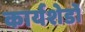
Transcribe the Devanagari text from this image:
कार्यशेडों